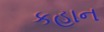
કહાન